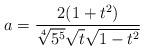
LaTeX: \begin{align*}a=\frac{2(1+t^2)}{\sqrt[4]{5^5}\sqrt{t}\sqrt{1-t^2}}\end{align*}